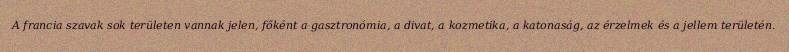
A francia szavak sok területen vannak jelen, főként a gasztronómia, a divat, a kozmetika, a katonaság, az érzelmek és a jellem területén.